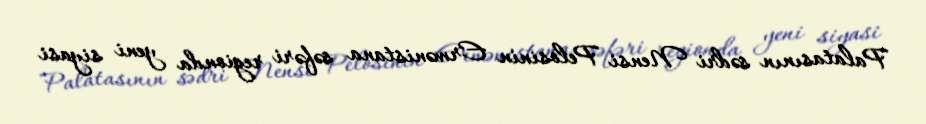
Palatasının sədri Nensi Pelosinin Ermənistana səfəri regionda yeni siyasi